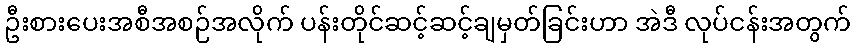
ဦးစားပေးအစီအစဉ်အလိုက် ပန်းတိုင်ဆင့်ဆင့်ချမှတ်ခြင်းဟာ အဲဒီ လုပ်ငန်းအတွက်